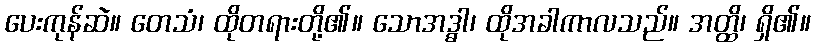
ပေးကုန်ဆဲ။ တေသံ၊ ထိုတရားတို့၏။ သောအဒ္ဓါ၊ ထိုအခါကာလသည်။ အတ္ထိ၊ ရှိ၏။